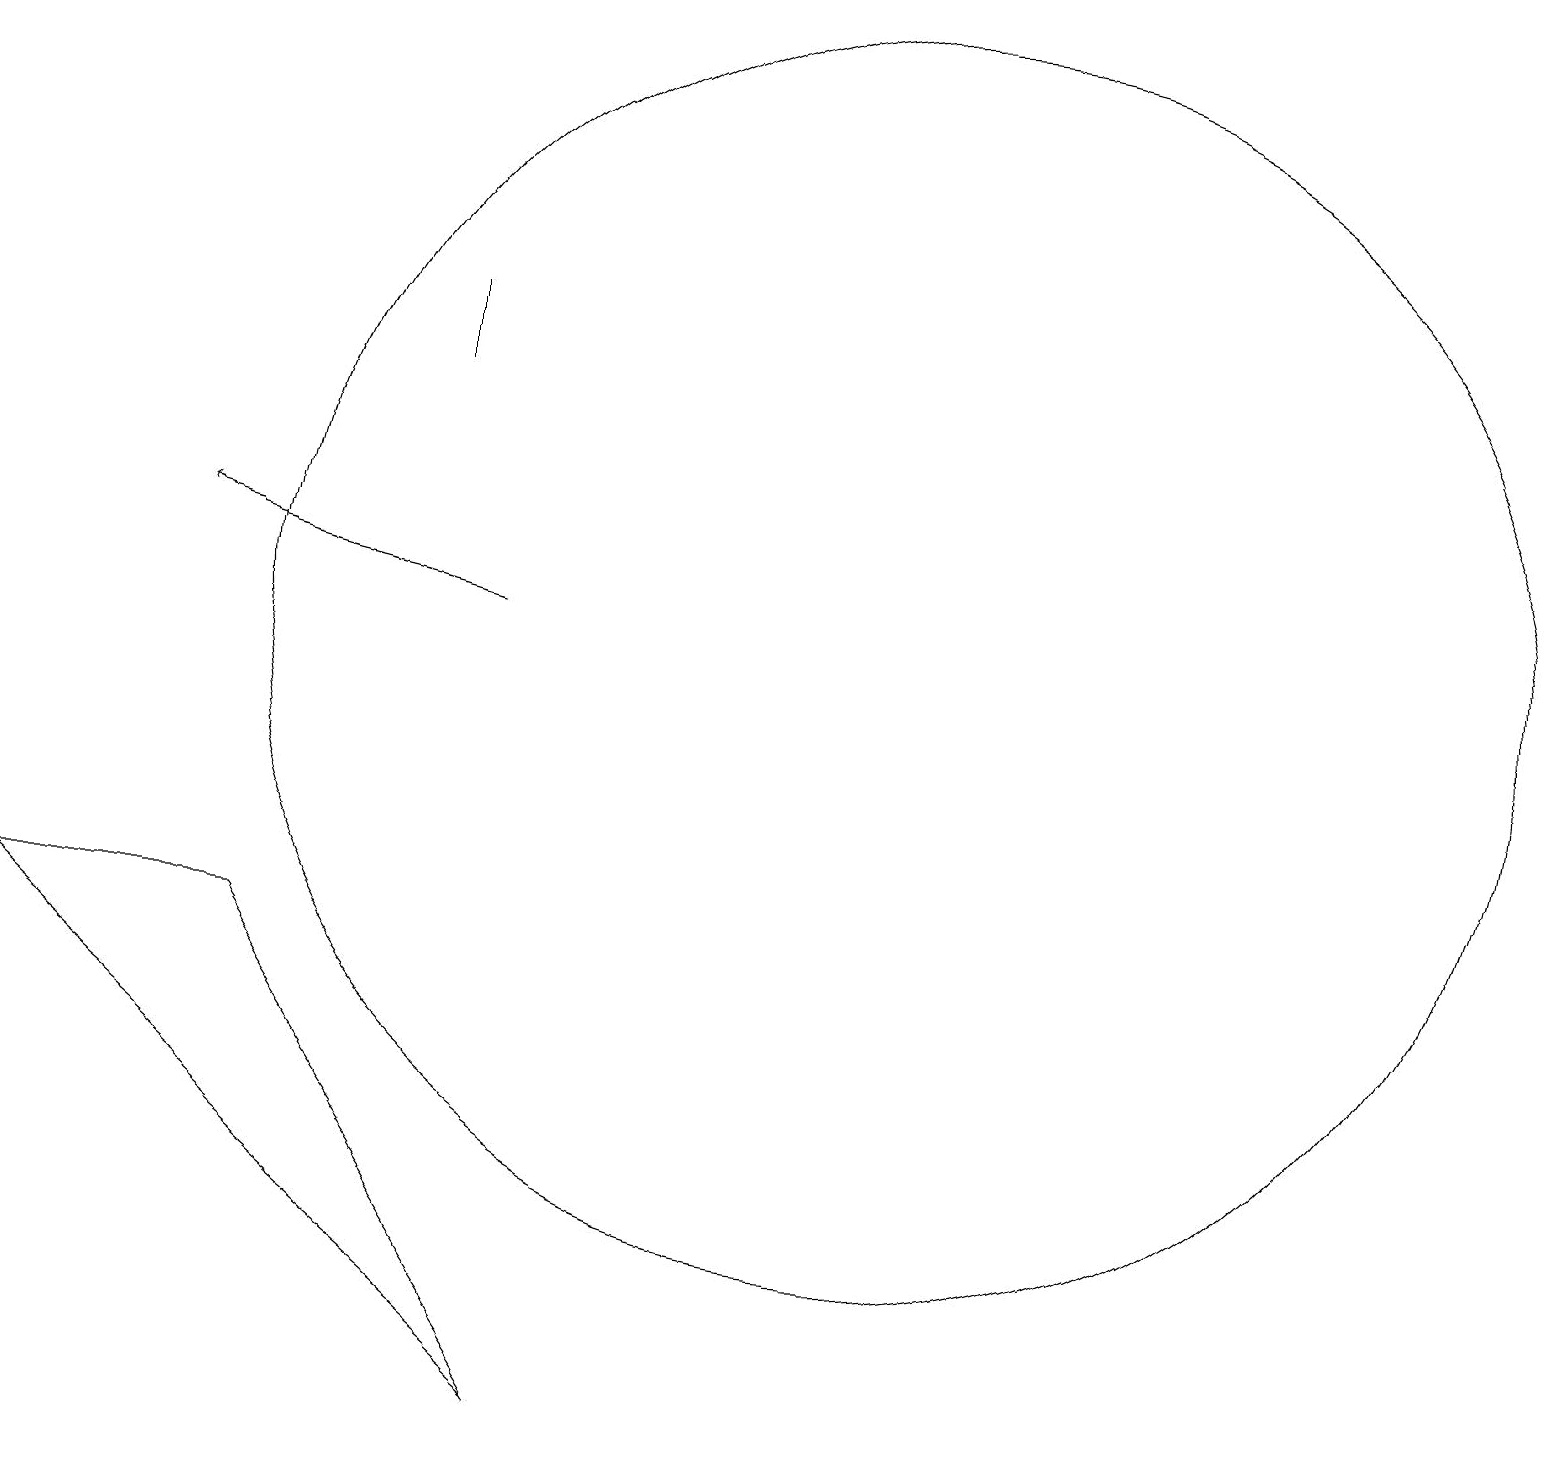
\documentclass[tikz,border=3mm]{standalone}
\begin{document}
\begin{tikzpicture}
\draw (12,10) circle (8);
\draw (4,6) -- (8,0) -- (1,6) -- cycle;
\draw (6,14) rectangle (6,13);
\draw[->] (7,10) -- (3,11);
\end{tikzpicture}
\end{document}